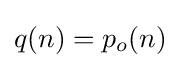
q(n)=p_{o}(n)